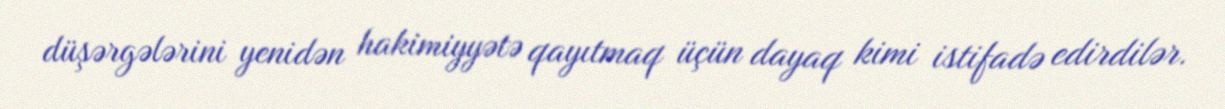
düşərgələrini yenidən hakimiyyətə qayıtmaq üçün dayaq kimi istifadə edirdilər.